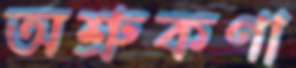
অশ্রুকণা